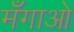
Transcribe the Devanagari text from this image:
मँगाओ